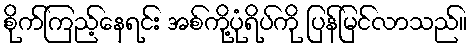
စိုက်ကြည့်နေရင်း အစ်ကို့ပုံရိပ်ကို ပြန်မြင်လာသည်။